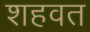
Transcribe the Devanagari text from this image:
शहवत